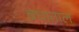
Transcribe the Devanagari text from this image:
बघाताल